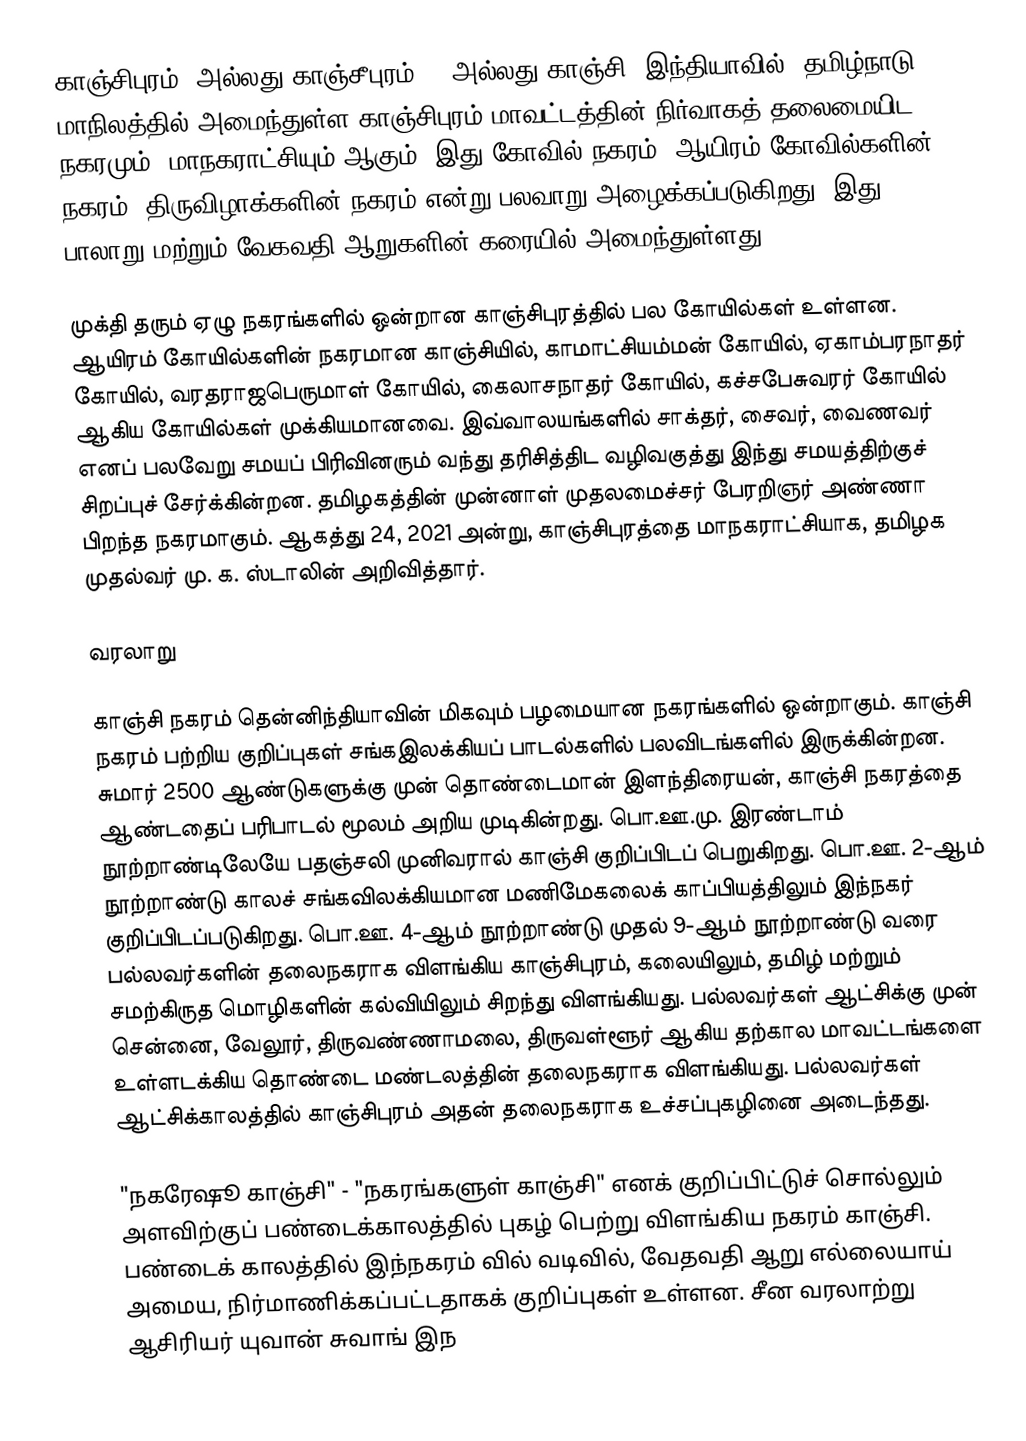
காஞ்சிபுரம், அல்லது காஞ்சீபுரம் () அல்லது காஞ்சி, இந்தியாவில், தமிழ்நாடு மாநிலத்தில் அமைந்துள்ள காஞ்சிபுரம் மாவட்டத்தின் நிர்வாகத் தலைமையிட நகரமும், மாநகராட்சியும் ஆகும். இது கோவில் நகரம், ஆயிரம் கோவில்களின் நகரம், திருவிழாக்களின் நகரம் என்று பலவாறு அழைக்கப்படுகிறது.  இது பாலாறு மற்றும் வேகவதி ஆறுகளின் கரையில் அமைந்துள்ளது.

முக்தி தரும் ஏழு நகரங்களில் ஒன்றான காஞ்சிபுரத்தில் பல கோயில்கள் உள்ளன. ஆயிரம் கோயில்களின் நகரமான காஞ்சியில், காமாட்சியம்மன் கோயில், ஏகாம்பரநாதர் கோயில், வரதராஜபெருமாள் கோயில், கைலாசநாதர் கோயில், கச்சபேசுவரர் கோயில் ஆகிய கோயில்கள் முக்கியமானவை. இவ்வாலயங்களில் சாக்தர், சைவர், வைணவர் எனப் பலவேறு சமயப் பிரிவினரும் வந்து தரிசித்திட வழிவகுத்து இந்து சமயத்திற்குச் சிறப்புச் சேர்க்கின்றன. தமிழகத்தின் முன்னாள் முதலமைச்சர் பேரறிஞர் அண்ணா பிறந்த நகரமாகும். ஆகத்து 24, 2021 அன்று, காஞ்சிபுரத்தை மாநகராட்சியாக, தமிழக முதல்வர் மு. க. ஸ்டாலின் அறிவித்தார்.

வரலாறு

காஞ்சி நகரம் தென்னிந்தியாவின் மிகவும் பழமையான நகரங்களில் ஒன்றாகும். காஞ்சி நகரம் பற்றிய குறிப்புகள் சங்கஇலக்கியப் பாடல்களில் பலவிடங்களில்  இருக்கின்றன. சுமார் 2500 ஆண்டுகளுக்கு முன் தொண்டைமான் இளந்திரையன், காஞ்சி நகரத்தை ஆண்டதைப் பரிபாடல் மூலம் அறிய முடிகின்றது. பொ.ஊ.மு. இரண்டாம் நூற்றாண்டிலேயே பதஞ்சலி முனிவரால் காஞ்சி குறிப்பிடப் பெறுகிறது. பொ.ஊ. 2-ஆம் நூற்றாண்டு காலச் சங்கவிலக்கியமான மணிமேகலைக் காப்பியத்திலும் இந்நகர் குறிப்பிடப்படுகிறது. பொ.ஊ. 4-ஆம் நூற்றாண்டு முதல் 9-ஆம் நூற்றாண்டு வரை பல்லவர்களின் தலைநகராக விளங்கிய காஞ்சிபுரம், கலையிலும், தமிழ் மற்றும் சமற்கிருத மொழிகளின் கல்வியிலும் சிறந்து விளங்கியது. பல்லவர்கள் ஆட்சிக்கு முன் சென்னை, வேலூர், திருவண்ணாமலை, திருவள்ளூர் ஆகிய தற்கால மாவட்டங்களை உள்ளடக்கிய தொண்டை மண்டலத்தின் தலைநகராக விளங்கியது. பல்லவர்கள் ஆட்சிக்காலத்தில் காஞ்சிபுரம் அதன் தலைநகராக உச்சப்புகழினை அடைந்தது.

"நகரேஷூ காஞ்சி" - "நகரங்களுள் காஞ்சி" எனக் குறிப்பிட்டுச் சொல்லும் அளவிற்குப் பண்டைக்காலத்தில் புகழ் பெற்று விளங்கிய நகரம் காஞ்சி. பண்டைக் காலத்தில் இந்நகரம் வில் வடிவில், வேதவதி ஆறு எல்லையாய் அமைய, நிர்மாணிக்கப்பட்டதாகக் குறிப்புகள் உள்ளன. சீன வரலாற்று ஆசிரியர் யுவான் சுவாங் இந